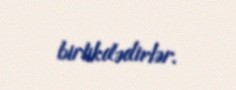
birlikdədirlər.